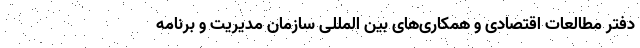
دفتر مطالعات اقتصادی و همکاری‌های بین المللی سازمان مدیریت و برنامه